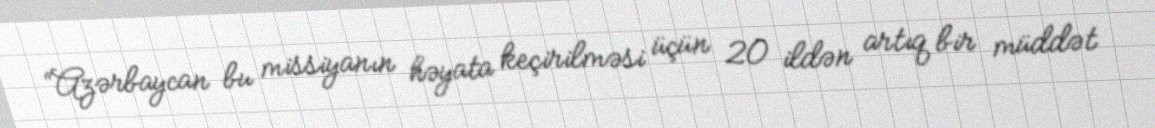
“Azərbaycan bu missiyanın həyata keçirilməsi üçün 20 ildən artıq bir müddət